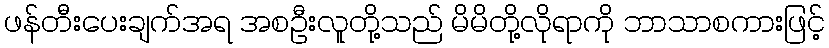
ဖန်တီးပေးချက်အရ အစဦးလူတို့သည် မိမိတို့လိုရာကို ဘာသာစကားဖြင့်